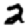
Digit: 2